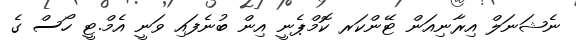
ނެޝަނަލް އިރާނިއަން ޓޭންކަރ ކޮމްޕެނީ އިން ބުނެފައި ވަނީ އެމް.ޓީ ހޯސް ގެ